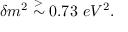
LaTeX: \delta m ^ { 2 } \stackrel { > } { \sim } 0 . 7 3 \ e V ^ { 2 } .